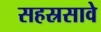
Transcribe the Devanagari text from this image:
सहस्रसावे